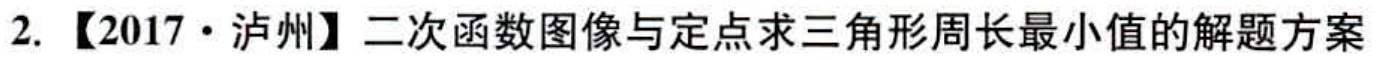
2. 【2017·泸州】二次函数图像与定点求三角形周长最小值的解题方案